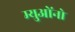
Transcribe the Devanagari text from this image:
म्युओंनो